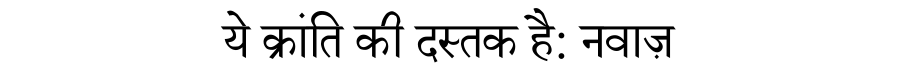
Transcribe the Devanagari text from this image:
ये क्रांति की दस्तक है: नवाज़